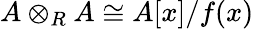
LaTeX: A\otimes_{R}A\cong A[x]/f(x)